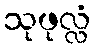
သုဖုလ္လံ